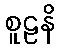
စူဠနိ